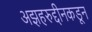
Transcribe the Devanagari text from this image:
अझहरुद्दीनकडून